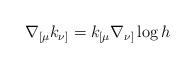
LaTeX: \begin{align*}\nabla_{[\mu} k_{\nu]}=k_{[\mu}\nabla_{\nu]}\log h\end{align*}